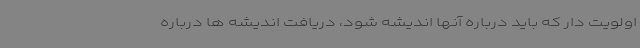
اولویت دار که باید درباره آنها اندیشه شود، دریافت اندیشه ها درباره